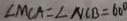
\angle M C A = \angle N C B = 6 0 ^ { \circ }